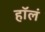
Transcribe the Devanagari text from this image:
हॉलं